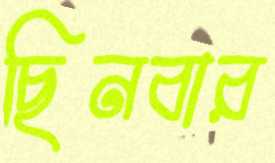
ছিনবার